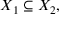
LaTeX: X _ { 1 } \subseteq X _ { 2 } ,